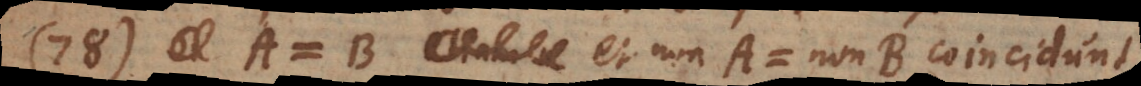
78) A = B et non‐A = non‐B coincidun